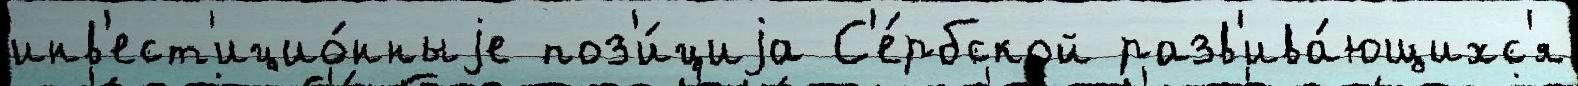
инв'ест'ицио́нныjе поз'и́циjа С'е́рбской разв'ива́ющихс'я